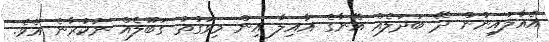
އެއާލައިނުން ދޭ ބަދަލެއް އޭނާގެ އާއިލާ އިން މިވަގުތު ގަބޫލެއް ނުކުރާނެ އެވެ.